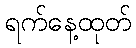
ရက်နေ့ထုတ်